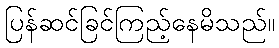
ပြန်ဆင်ခြင်ကြည့်နေမိသည်။